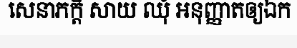
សេនាភក្តី សាយ ឈុំ អនុញ្ញាតឲ្យឯក